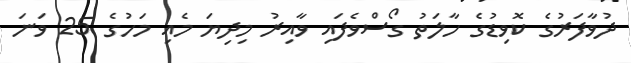
ދުވާފަރުގެ ކޮވިޑުގެ ހާލަތު ގޯސްވެފައި ވާއިރު މިދިޔަ މެއި މަހުގެ 25 ވަނަ